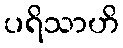
ပရိသာဟိ